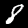
Label: 8